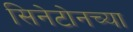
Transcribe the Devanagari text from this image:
सिनेटोनच्या